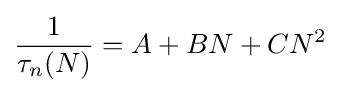
{\frac {1}{\tau _{n}(N)}}=A+BN+CN^{2}